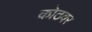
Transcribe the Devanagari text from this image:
कोठवर